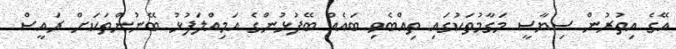
އޭގެ އިތުރުން ސިޔާސީ މަގާމުތަކުގައި ތިއްބެވި ބައެއް ބޭފުޅުންގެ އަމިއްލަފުޅު ބޭނުންތަކަށް ރައީސް